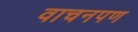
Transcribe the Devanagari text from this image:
वाचनपण